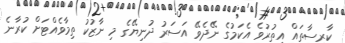
ކާރިސާތައް އިތުރުވެ އެކަމުގެ ނޭދެވޭ އަސަރު ދުނިޔޭގެ މި ނާޒުކު ތިމާވެއްޓަށް ކުރާނެ